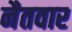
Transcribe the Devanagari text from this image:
नैतवार